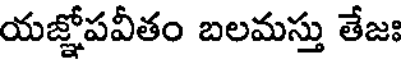
యజ్ఞోపవీతం బలమస్తు తేజః